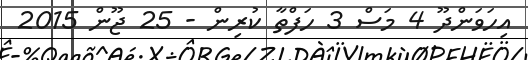
އިހަވަންދޫ 4 މަސް 3 ހަފްތާ ކުރިން - 25 ޖޫން 2015